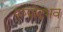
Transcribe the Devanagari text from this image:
पुष्पोदभव